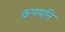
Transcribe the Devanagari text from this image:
कणमनि